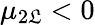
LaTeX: \mu_{2\mathfrak{L}}<0